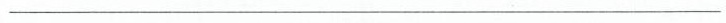
_______________